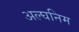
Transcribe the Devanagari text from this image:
अल्घनिम